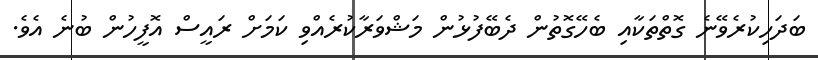
ބަދަހިކުރެވޭނެ ގޮތްތަކާއި ބެހޭގޮތުން ދެބޭފުޅުން މަޝްވަރާކުރެއްވި ކަމަށް ރައީސް އޮފީހުން ބުނެ އެވެ.